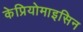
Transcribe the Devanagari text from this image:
केप्रियोमाइसिन